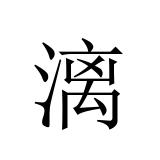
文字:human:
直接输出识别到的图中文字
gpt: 漓